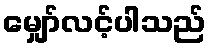
မျှော်လင့်ပါသည်